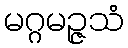
မဂ္ဂမဉ္ဇသံ